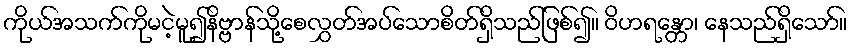
ကိုယ်အသက်ကိုမငဲ့မူ၍နိဗ္ဗာန်သို့စေလွှတ်အပ်သောစိတ်ရှိသည်ဖြစ်၍။ ဝိဟရန္တော၊ နေသည်ရှိသော်။